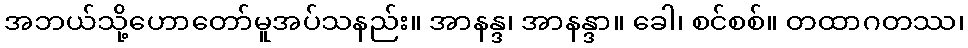
အဘယ်သို့ဟောတော်မူအပ်သနည်း။ အာနန္ဒ၊ အာနန္ဒာ။ ခေါ၊ စင်စစ်။ တထာဂတဿ၊